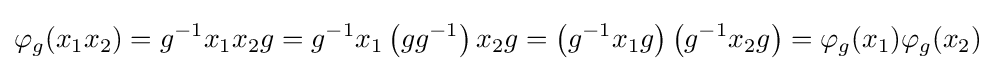
\varphi _{g}(x_{1}x_{2})=g^{-1}x_{1}x_{2}g=g^{-1}x_{1}\left(gg^{-1}\right)x_{2}g=\left(g^{-1}x_{1}g\right)\left(g^{-1}x_{2}g\right)=\varphi _{g}(x_{1})\varphi _{g}(x_{2})